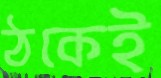
ঠকেই